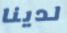
لدينا